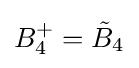
B_{4}^{+}={\tilde {B}}_{4}